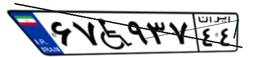
۹۳W۲۳۸۵۱